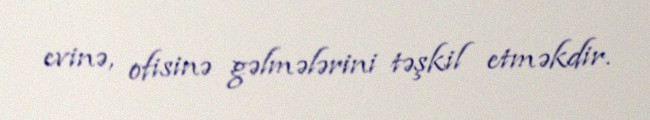
evinə, ofisinə gəlmələrini təşkil etməkdir.